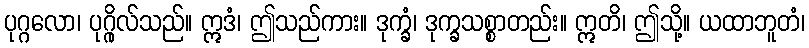
ပုဂ္ဂလော၊ ပုဂ္ဂိုလ်သည်။ ဣဒံ၊ ဤသည်ကား။ ဒုက္ခံ၊ ဒုက္ခသစ္စာတည်း။ ဣတိ၊ ဤသို့။ ယထာဘူတံ၊